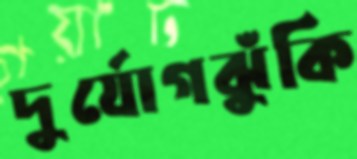
দুর্যোগঝুঁকি